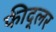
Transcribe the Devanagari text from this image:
फीद्लर